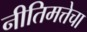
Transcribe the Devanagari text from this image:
नीतिमत्तेचा